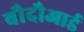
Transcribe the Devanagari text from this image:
बौदौआर्ड